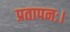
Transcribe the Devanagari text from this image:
प्रतापनः।